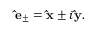
{ \bf \hat { e } } _ { \pm } = { \bf \hat { x } } \pm i { \bf \hat { y } } .